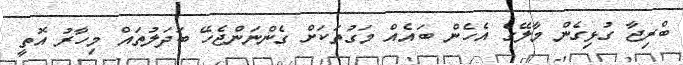
ބްރިޖާ ގުޅިގެން މާލޭގެ އެހެން ބައެއް މަގުތަކަށް ގެންނަންޖެހޭ ބަދަލުތައް މިހާރު އޮތީ